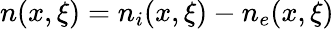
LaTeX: n(x,\xi)=n_{i}(x,\xi)-n_{e}(x,\xi)